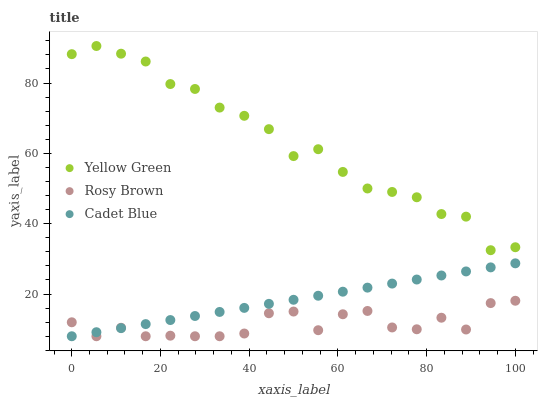
| xaxis_label | Yellow Green | Rosy Brown | Cadet Blue |
 | --- | --- | --- | --- |
 | 0 | 88.2 | 12 | 8 |
 | 5.56 | 90.5 | 8 | 9.15 |
 | 11.1 | 88.3 | 10.4 | 10.3 |
 | 16.7 | 86.1 | 8 | 11.5 |
 | 22.2 | 79.7 | 8.16 | 12.6 |
 | 27.8 | 78.3 | 8 | 13.8 |
 | 33.3 | 73 | 8 | 14.9 |
 | 38.9 | 70.7 | 8.78 | 16.1 |
 | 44.4 | 66.9 | 14.5 | 17.2 |
 | 50 | 59.2 | 15 | 18.4 |
 | 55.6 | 61.2 | 9.72 | 19.5 |
 | 61.1 | 54.7 | 14.3 | 20.7 |
 | 66.7 | 50 | 15.2 | 21.8 |
 | 72.2 | 49 | 10.5 | 23 |
 | 77.8 | 47.5 | 9.98 | 24.1 |
 | 83.3 | 42.7 | 13.3 | 25.3 |
 | 88.9 | 42 | 9.92 | 26.4 |
 | 94.4 | 32.5 | 17.4 | 27.6 |
 | 100 | 33.3 | 18.1 | 28.7 |